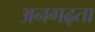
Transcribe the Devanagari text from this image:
अनगढ़ता